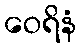
ဝေရိနံ